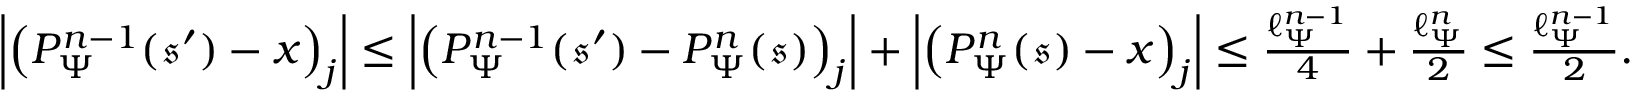
\begin{array} { r } { \left| \left( P _ { \Psi } ^ { n - 1 } ( \mathfrak { s } ^ { \prime } ) - \boldsymbol { x } \right) _ { j } \right| \leq \left| \left( P _ { \Psi } ^ { n - 1 } ( \mathfrak { s } ^ { \prime } ) - P _ { \Psi } ^ { n } ( \mathfrak { s } ) \right) _ { j } \right| + \left| \left( P _ { \Psi } ^ { n } ( \mathfrak { s } ) - \boldsymbol { x } \right) _ { j } \right| \leq \frac { \ell _ { \Psi } ^ { n - 1 } } { 4 } + \frac { \ell _ { \Psi } ^ { n } } { 2 } \leq \frac { \ell _ { \Psi } ^ { n - 1 } } { 2 } . } \end{array}